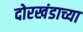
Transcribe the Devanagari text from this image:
दोरखंडाच्या